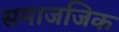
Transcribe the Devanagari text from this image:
समाजजिक